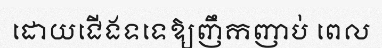
ដោយជើងទទេឱ្យញឹកញាប់ ពេល